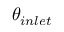
\theta _ { i n l e t }